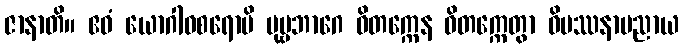
ဇာနာတိ။ ဧဝံ ယောဂါဝစရောပိ ပုဗ္ဗဘာဂေ ဝိတက္ကေန ဝိတက္ကေတွာ ဝိပဿနာပညာယ